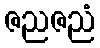
ဇညဇညံ